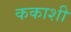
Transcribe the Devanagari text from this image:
ककाशी